[Report on the health of British troops in the Madras command]
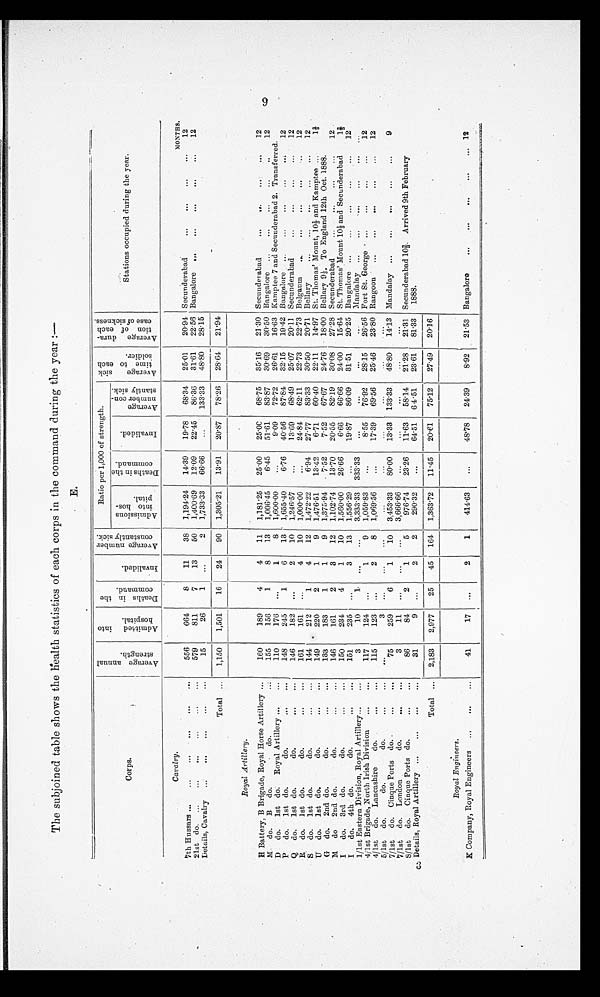
The subjoined table shows the health statistics of each corps in the command during the year:—
E .
C o r p s .
A v e r a g e a n n u a l
s t r e n g t h .
A d m i t t e d i n t o
h o s p i t a l .
D e a t h s i n t h e
c o m m a n d .
I n v a l i d e d .
A v e r a g e n u m b e r
c o n s t a n t l y s i c k .
Ratio per 1,000 of strength.
A v e r a g e s i c k
t i m e t o e a t h
s o l d i e r .
A v e r a g e d u r a -
t i o n o f e a c h
c a s e o f s i c k n e s s .
Stations occupied during t h e y e a r .
Admi ssi ons
into hos-
pital.
D e a t h s i n t h e
c o mma n d .
Inval i ded.
Average number con-
st ant l y si ck.
Cavalry.
MONTHS.
7th Hussars ...
...
...
...
...
...
556
664
8
11
38
1,194.24
14.39
19.78
68.34
25.01
20.94 Secunderabad
... ...
... ...
12
21st do.
...
...
...
...
579
811
7
13
50
1,400.69
12.09
22.45
86.36
31.61
22.56 Bangalore
...
...
...
...
...
12
Details, Cavalry
...
...
...
...
15
26
1
. . .
2
1,733.33
66.66
. . . 133.33
48.80
28.15
Total
. . .
1,150
1,501
16
24
90
1,305.21
13.91
20.87
78.26
28.64
21.94
R o y a l A r t i l l e r y .
H Battery, B Brigade, Royal Horse Artillery ...
160
189
4
4
11
1,181.25
25.00
25.00
68.75
35.16
21.30 Secunderabad
...
...
...
12
M
do.
B
do.
do.
155
156
1
8
13
1,006.45
6.45
51.61
83.87
30.69
30.50 Bangalore
...
...
...
...
..
12
D
do.
1st do.
Royal Artillery ...
...
110
176
. . .
1
8
1,600.00
. . .
9.09
72.72
26.61
16.63 Kamptee 7 and Secunderabad 2. Transferred.
P do. 1st do. do. ...
148
245
1
6
13
1,655.40
6.76
40.56
87.84
32.15
19.42 Bangalore
...
...
...
...
...
12
Q do. 1st do. do. ... ...
146
182
...
2
10
1,246.57
. . .
13.69
68.49
25.07 20.11
S e c u n d e r a b a d . . .
. . .
. . .
. . .
1 2
R
do.
1st do.
do. ... ...
161
161
. . .
4
10
1,000.00
. . .
24.84
62.11
22.73
22.73 Belgaum
...
...
...
...
...
12
S
do.
1st do.
do.
...
...
144
212
1
4
12
1,472.22
6.94
27.77
83.33
30.50
20.71 Bellary
...
...
...
...
...
12
U do. 1st do. do. ...
149
220
2
1
9
1,476.51
13.42
6.71
60.40
22.11
14.97 St. Thomas' Mount, 101/3 and Kamptee ... 1 2/3
G
do.
2nd do.
do. ... 133
183
1
1
9
1,375.94
7.52
7.52
67.67
24.76
18.00 Bellary 91/3 To England 12th Oct. 1888.
M do 2nd do. do. ... ...
146
161
2
3
12
1,102.74
13.70
20.55
82.19
30.08
27.28 Secunderabad
...
...
...
...
12
I do. 3rd do. do. ...
150
234
4
1
10
1,560.00
26.66
6.66
66.66
24.00
15.64 St. Thomas' Mount 101/3 and Secunderabad 1 2/3
I do. 4th do. do. ... ...
151
235
...
3
13
1,556.29
...
19.87
86.09
31.51
20.25 Bangalore ...
...
...
...
...
12
1/1st Eastern Division, Royal Artillery ... ...
3
10
1
...
...
3,333.33
333.33
...
...
...
...
Mandalay ...
...
...
...
...
4/1st Brigade, North Irish Division
...
...
117
124
...
1
9
1,059.83
...
8.55
76.92
28.15
26.56 Fort St. George ...
...
...
...
12
4/1st
do. Lancashire
do.
...
...
115
123
...
2
8
1,069.56
...
17.39
69.56
25.46
23.80 Rangoon
...
...
...
...
...
12
5 / 1st do.
do.
do.
...
...
...
3
...
...
...
...
...
...
...
...
...
7/1st
do. Cinque Ports do.
...
...
75
259
6
1
10
3,453.33
80.00
13.33
133.33
48.80
14.13 Mandalay ...
...
...
...
...
9
7/1st
do.
London
do.
...
...
3
11
...
...
...
3,666.66
...
...
...
...
...
8/1st
do.
Cinque Ports do.
...
...
86
84
2
1
5
976.74
23.26
11.63
58.14
21.28
21.31 Secunderabad 10 2/3. Arrived 9th February
1888.
Details, Royal Artillery ...
... ...
. . .
31
9
...
2
2
290.32
...
64.51
64.51
23.61
81.33
Total
. . .
2,183
2,977
25
45
164
1,363.72
11.45
20.61
75.12
27.49
20.16
Royal E n g i n e e r s .
K Company, Royal Engineers
...
...
...
41
17
...
2
1
414.63
...
48.78
24.39
8.92
21.53 Bangalore
...
...
...
...
... 12